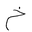
Letter: _kha